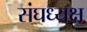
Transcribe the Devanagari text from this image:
संघध्यक्ष